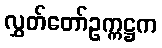
လွှတ်တော်ဥက္ကဋ္ဌက